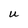
Character: u